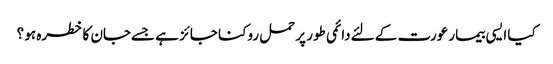
کیا ایسی بیمار عورت کے لئےدائمی طور پر حمل روکنا جائز ہے جسےجان کا خطرہ ہو ؟